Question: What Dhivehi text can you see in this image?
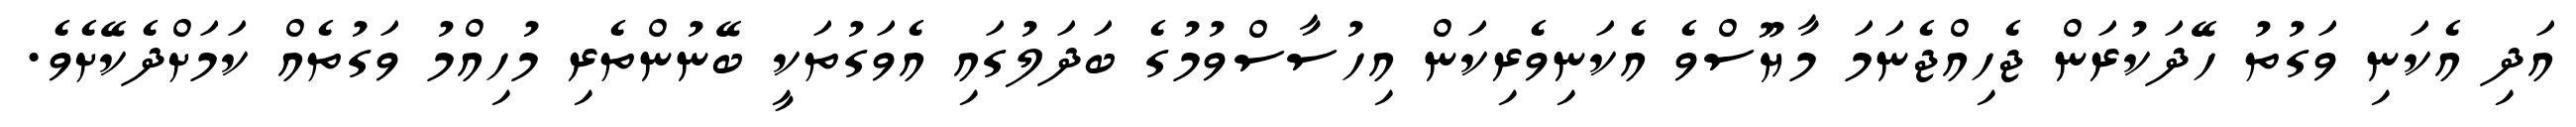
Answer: އަދި އެކަނި ވަގުތު ހޭދަކުރަން ޖެހިއްޖެނަމަ މާޔޫސްވެ އެކަނިވެރިކަން އިހުސާސްވުމުގެ ބަދަލުގައި އެވަގުތަކީ ބޭނުންތެރި މުހިއްމު ވަގުތެއް ކަމަށްދެކޭށެވެ.